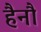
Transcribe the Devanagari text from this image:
हैनौ